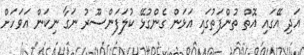
އަދި އޭގައި އޮތް ތުންފަތުގައި އަޅަން ގެންގުޅޭ ކުލަފަންސޫރު ނަގާ ނިކަން އަވަހަށް